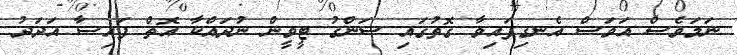
ނަމަވެސް އަވަސް އެނގިފައިވާ ގޮތުގައި ސަންގު ޓީވީން ނުދައްކާ އޮތް ފައިސާ އަދަދު